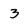
Character: 3